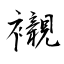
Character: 襯